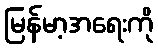
မြန်မာ့အရေးကို